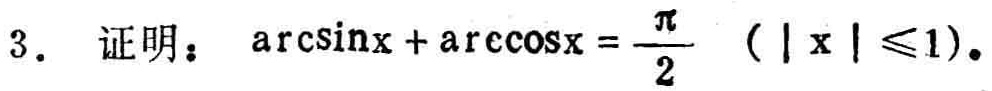
3. 证明：\(\arcsin x+\arccos x = \frac{\pi}{2}\)（\(\vert x\vert\leqslant1\)）。